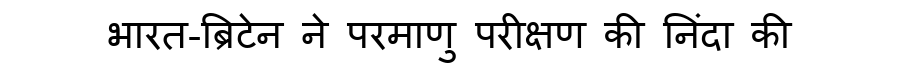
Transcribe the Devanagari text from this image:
भारत-ब्रिटेन ने परमाणु परीक्षण की निंदा की